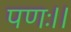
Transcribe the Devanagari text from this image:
पणः।।